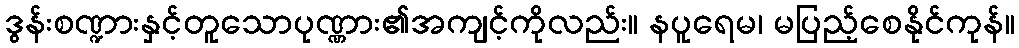
ဒွန်းစဏ္ဍားနှင့်တူသောပုဏ္ဏား၏အကျင့်ကိုလည်း။ နပူရေမ၊ မပြည့်စေနိုင်ကုန်။